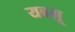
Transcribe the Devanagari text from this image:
यबग़ू